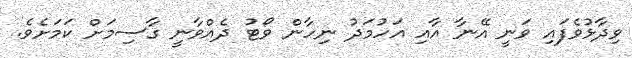
ވިދާޅުވެފައި ވަނީ އޭނާ އާއި އަހުމަދު ނިހާން ވޯޓު ދެއްވާނީ ގާސިމަށް ކަމަށެވެ.